Mental hospitals Bombay report 1929-33 - 1929-1933
Year: 1929
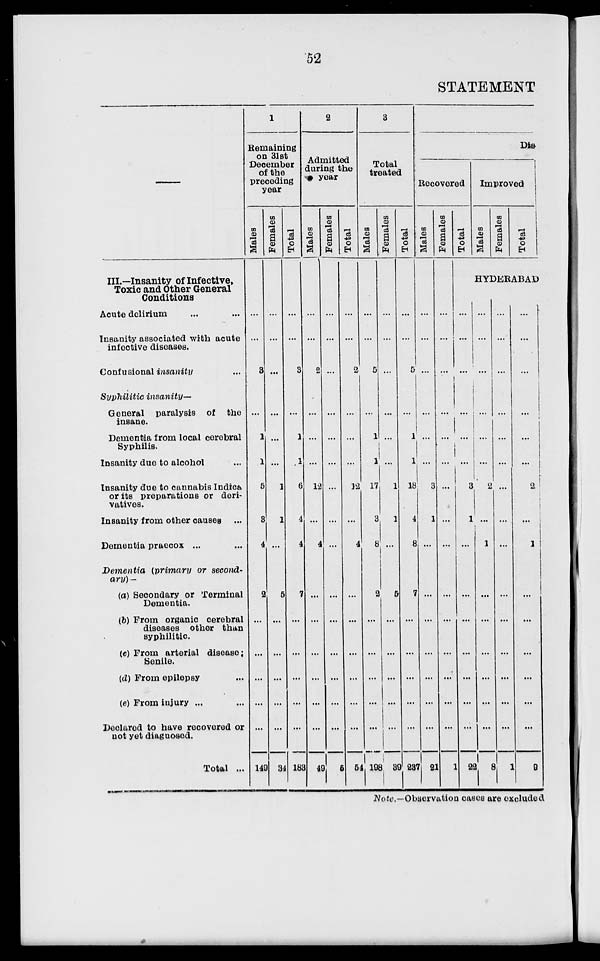
52
STATEMENT
III.—Insanity of Infective,
Toxic and Other General
Conditions
Acute delirium ... ...
Insanity associated with acute
infective diseases.
Confusional insanity ...
Syphilitic insanity—
General paralysis of the
insane.
Dementia from local cerebral
Syphilis.
Insanity due to alcohol ...
Insanity due to cannabis Indica
or its preparations or deri-
vatives.
Insanity from other causes ...
Dementia praecox ... ...
Dementia (primary or second-
ary) —
(a) Secondary or Terminal
Dementia.
(b) From organic cerebral
diseases other than
syphilitic.
(c) From arterial disease :
Senile.
(d) From epilepsy ...
(e) From injury ... ...
Declared to have recovered or
not yet diagnosed.
Total ...
1
Remaining
on 31st
December
of the
preceding
year
Males
...
...
3
...
1
1
5
3
4
2
...
...
...
...
...
149
Females
...
...
...
...
...
...
1
1
...
5
...
...
...
...
...
34
Total
...
...
3
...
1
1
6
4
4
7
...
...
...
...
...
183
2
Admitted
during the
year
Males
...
...
2
...
...
...
12
...
4
...
...
...
...
...
...
49
Females
...
...
...
...
...
...
...
...
...
...
...
...
...
...
...
5
Total
...
...
2
...
...
...
12
...
4
...
...
...
...
...
...
54
3
Total
treated
Males
...
...
5
...
1
1
17
3
8
2
...
...
...
...
...
198
Females
...
...
...
...
...
...
1
1
...
5
...
...
...
...
...
39
Total
...
...
5
...
1
1
18
4
8
7
...
...
...
...
...
237
Dis-
Recovered
Males
...
...
...
...
...
...
3
1
...
...
...
...
...
...
...
21
Females
...
...
...
...
...
...
...
...
...
...
...
...
...
...
...
1
Total
Improved
Males
Females
Total
HYDERABAD
...
...
...
...
...
...
3
1
...
...
...
...
...
...
...
22
...
...
...
...
...
...
2
...
1
...
...
...
...
...
...
8
...
...
...
...
...
...
...
...
...
...
...
...
...
...
...
1
...
...
...
...
...
...
2
...
1
...
...
...
...
...
...
9
Note.— Observation cases are excluded